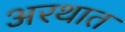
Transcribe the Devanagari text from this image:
अरथात